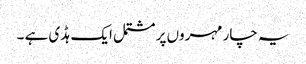
یہ چار مہروں پر مشتمل ایک ہڈی ہے ۔